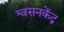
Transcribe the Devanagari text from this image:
श्वसनकेंद्र